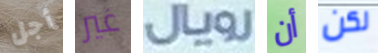
أجل غير رويال أن لكن